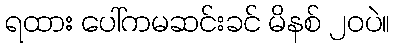
ရထား ပေါ်ကမဆင်းခင် မိနစ် ၂၀ပဲ။